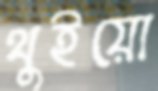
থুইয়ো